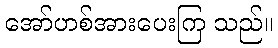
အော်ဟစ်အားပေးကြ သည်။